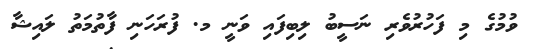
ވުމުގެ މި ފަހުރުވެރި ނަސީބު ލިބިފައި ވަނީ މ. ފުރަހަނި ފާތުމަތު ލައިޝާ